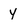
Character: y